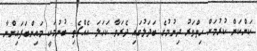
ކަންކަން ކުރުމަށް ހިތްވަރު ދިނުމުގެ ބަދަލުގައި ދެރަވާ ކަހަލަ އެއްޗެތި ބުނުމަކީ މައިންބަފައިންނާ